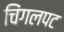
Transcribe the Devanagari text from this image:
चिंगलपट